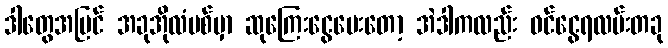
ဒါတွေအပြင် အခုအိုလံပစ်မှာ ဆုကြေးငွေပေးတော့ အဲဒါကလည်း ဝင်ငွေရလမ်းတခု